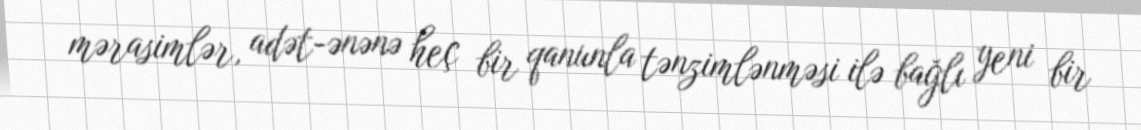
mərasimlər, adət-ənənə heç bir qanunla tənzimlənməsi ilə bağlı yeni bir